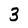
Character: 3